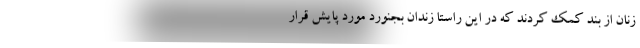
زنان از بند کمک کردند که در این راستا زندان بجنورد مورد پایش قرار